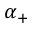
\alpha _ { + }